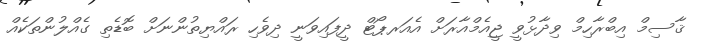
ޤާސިމް އިބްރާހިމް ވިދާޅުވީ ޖީއެމްއާރަށް އެއަރޕޯޓް ދީފައިވަނީ ދިވެހި ރައްޔިތުންނަށް ބޮޑެތި ގެއްލުންތަކެއް